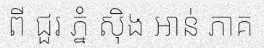
ពី ជួរ ភ្នំ ស៊ិង អាន់ ភាគ